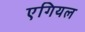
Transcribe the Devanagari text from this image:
एगियल